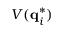
V ( \mathbf { q } _ { i } ^ { * } )